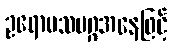
ဥရောပသမဂ္ဂအနေဖြင့်